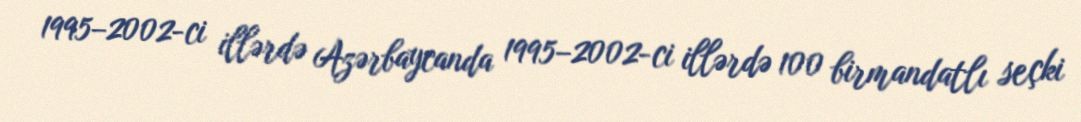
1995–2002-ci illərdə Azərbaycanda 1995–2002-ci illərdə 100 birmandatlı seçki